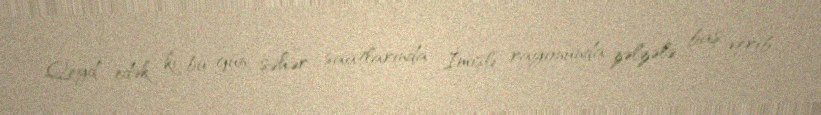
Qeyd edək ki, bu gün səhər saatlarında İmişli rayonunda zəlzələ baş verib.